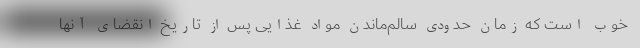
خوب است که زمان حدودی سالم‌ماندن مواد غذایی پس از تاریخ انقضای آنها